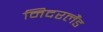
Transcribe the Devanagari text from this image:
निदरलैंड